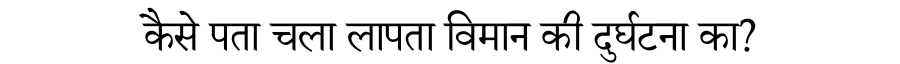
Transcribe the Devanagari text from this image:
कैसे पता चला लापता विमान की दुर्घटना का?